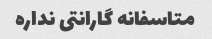
متاسفانه گارانتی نداره